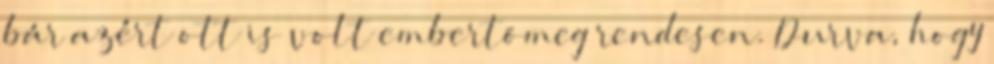
bár azért ott is volt embertömeg rendesen. Durva, hogy